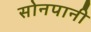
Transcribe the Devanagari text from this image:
सोनपानी